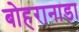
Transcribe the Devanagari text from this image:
बोहरानाडा